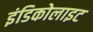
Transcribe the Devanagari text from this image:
इंडिकोलाइट